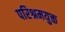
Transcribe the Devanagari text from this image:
परिश्रमयुक्त